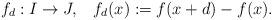
LaTeX: \begin{align*}f_d: I \rightarrow J, \,\,\,\,\, f_d(x):=f(x+d)-f(x).\end{align*}